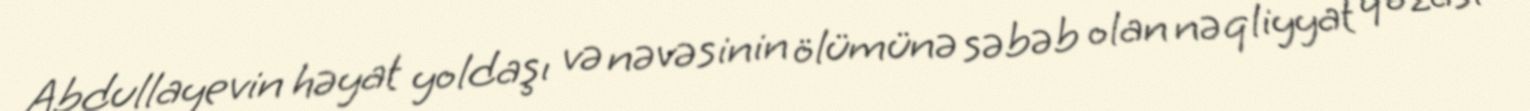
Abdullayevin həyat yoldaşı və nəvəsinin ölümünə səbəb olan nəqliyyat qəzası